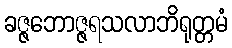
ခဇ္ဇဘောဇ္ဇရသလာဘိရုတ္တမံ